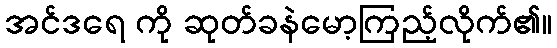
အင်ဒရေ ကို ဆုတ်ခနဲမော့ကြည့်လိုက်၏။